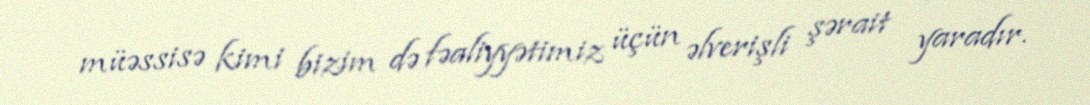
müəssisə kimi bizim də fəaliyyətimiz üçün əlverişli şərait yaradır.